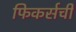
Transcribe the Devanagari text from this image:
फिकर्सची